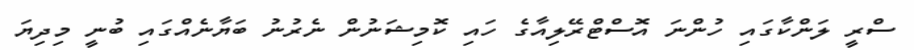
ސްރީ ލަންކާގައި ހުންނަ އޮސްޓްރޭލިއާގެ ހައި ކޮމިޝަނުން ނެރުނު ބަޔާނެއްގައި ބުނީ މިދިޔަ